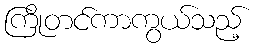
ကြိုတင်ကာကွယ်သည့်